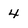
Character: 4